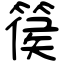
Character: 篌